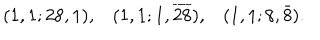
LaTeX: \begin{array} { r r r } { { ( 1 , 1 ; 2 8 , 1 ) , } } & { { ( 1 , 1 ; 1 , \overline { { { 2 8 } } } ) , } } & { { ( 1 , 1 ; 8 , \bar { 8 } ) . } } \\ \end{array}